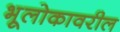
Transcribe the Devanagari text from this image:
भूलोकावरील